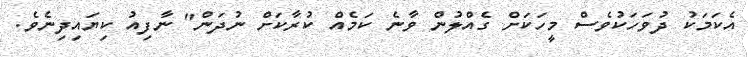
އެކަމަކު ދުވަހަކުވެސް މީހަކަށް ގެއްލުން ވާނެ ކަމެއް ކުރާކަށް ނުދަން" ނާފިއު ކިޔައިދިނެވެ.